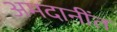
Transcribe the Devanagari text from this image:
अमदानींत